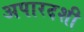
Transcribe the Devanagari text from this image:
अपारदशी